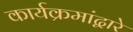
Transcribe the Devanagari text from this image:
कार्यक्रमांद्वारे